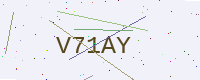
Text: V71AY